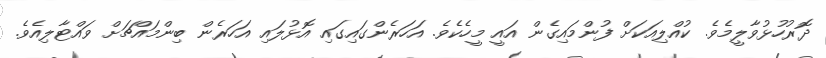
ދޮރުހުޅުވާލީމެވެ. ކުއްލިއަކަށް ފުންމައިގެން އައީ މީހެކެވެ. އަހަރެންގައިގައި އޮޅުލައި އަހަރެން ބިންމައްޗަށް ވައްޓާލިއެވެ.